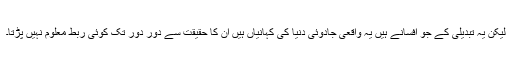
لیکن یہ تبدیلی کے جو افسانے ہیں یہ واقعی جادوئی دنیا کی کہانیاں ہیں ان کا حقیقت سے دور دور تک کوئی ربط معلوم نہیں پڑتا۔